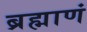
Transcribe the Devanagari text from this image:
ब्रह्माणं